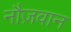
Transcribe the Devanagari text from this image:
नौज़वान